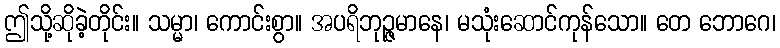
ဤသို့ဆိုခဲ့တိုင်း။ သမ္မာ၊ ကောင်းစွာ။ အပရိဘုဉ္ဇမာနေ၊ မသုံးဆောင်ကုန်သော။ တေ ဘောဂေ၊